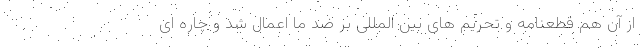
از آن هم قطعنامه و تحریم های بین المللی بر ضد ما اعمال شد و چاره ای